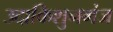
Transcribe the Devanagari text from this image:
उदाकिशुनगंज